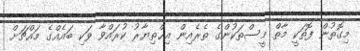
މިގޮތުން ފޮތަކީ މާތް މީސްތަކުންގެ ތެރެއިން އިޚްތިޔާރު ކުރައްވާ ވަކި ބައެއްގެ މައްޗަށް